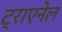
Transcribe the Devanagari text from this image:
ट्राएनेल